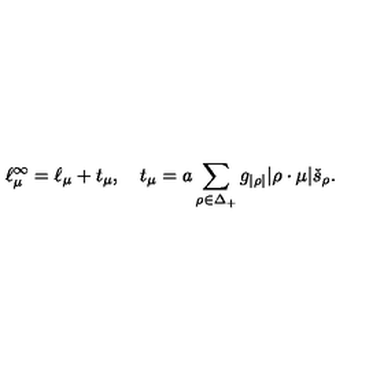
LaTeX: \ell _ { \mu } ^ { \infty } = \ell _ { \mu } + t _ { \mu } , \quad t _ { \mu } = a \sum _ { \rho \in \Delta _ { + } } g _ { | \rho | } | \rho \cdot \mu | \check { s } _ { \rho } .